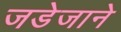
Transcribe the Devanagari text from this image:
जडेजाने